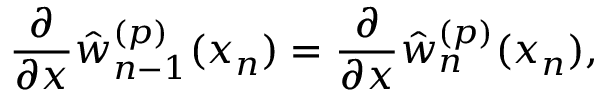
\frac { \partial } { \partial x } \hat { w } _ { n - 1 } ^ { ( p ) } ( x _ { n } ) = \frac { \partial } { \partial x } \hat { w } _ { n } ^ { ( p ) } ( x _ { n } ) ,